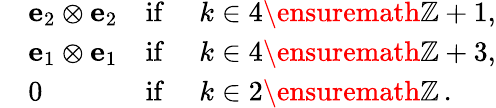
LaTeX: \begin{array}{rlrl}&{{\mathbf{e}}_{2}\otimes{\mathbf{e}}_{2}}&{\mathrm{if}}&{\ k\in 4\ensuremath{\mathbb{Z}}+1,}\\ &{{\mathbf{e}}_{1}\otimes{\mathbf{e}}_{1}}&{\mathrm{if}}&{\ k\in 4\ensuremath{\mathbb{Z}}+3,}\\ &{0}&{\mathrm{if}}&{\ k\in 2\ensuremath{\mathbb{Z}}\, .}\end{array}